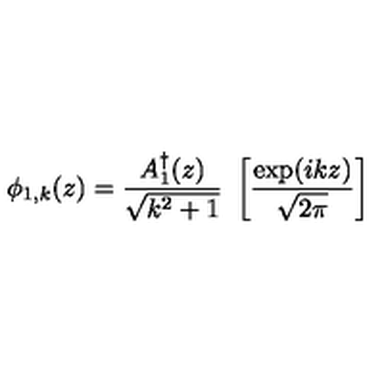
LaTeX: \phi _ { 1 , k } ( z ) = { \frac { A _ { 1 } ^ { \dagger } ( z ) } { \sqrt { k ^ { 2 } + 1 } } } \ \left[ { \frac { \exp ( i k z ) } { \sqrt { 2 \pi } } } \right]